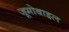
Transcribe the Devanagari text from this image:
जूमोबाइल